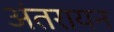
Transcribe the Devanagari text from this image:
अंतरायन